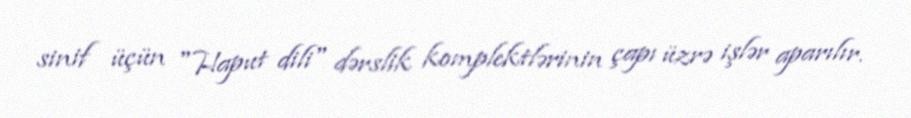
sinif üçün "Haput dili" dərslik komplektlərinin çapı üzrə işlər aparılır.